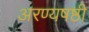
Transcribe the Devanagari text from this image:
अरण्यषष्ठी